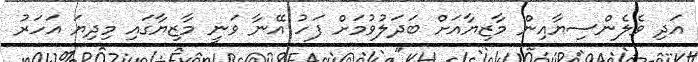
އަދި ވެލެންސިޔާއިން މާޒިޔާއަށް ބަދަލުވުމަށް ފަހު އޭނާ ވަނީ މާޒިޔާގައި މިދިޔަ އަހަރު